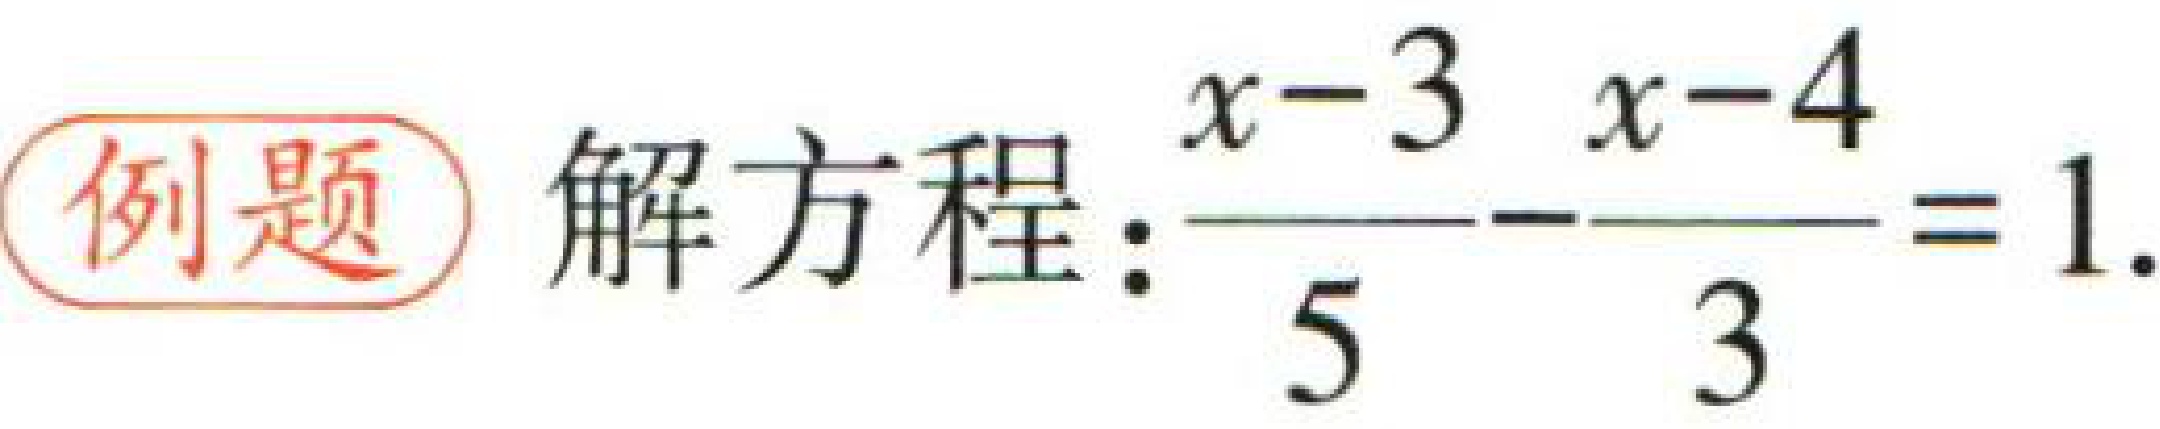
例题 解方程：\(\frac{x - 3}{5}-\frac{x - 4}{3}=1\)